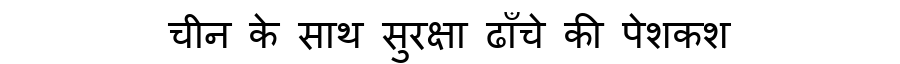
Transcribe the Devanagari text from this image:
चीन के साथ सुरक्षा ढाँचे की पेशकश